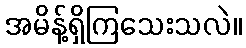
အမိန့်ရှိကြသေးသလဲ။